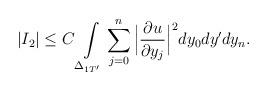
LaTeX: \begin{align*}|I_2|\leq C\int\limits_{\Delta_{1T'}}\sum_{j=0}^{n}\Big|\frac{\partial u}{\partial y_j}\Big|^2dy_0dy'dy_n.\end{align*}